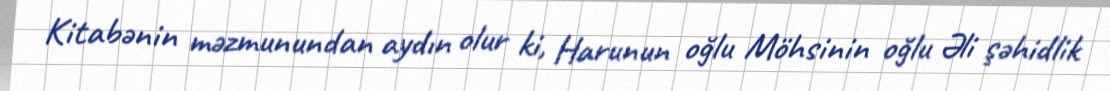
Kitabənin məzmunundan aydın olur ki, Harunun oğlu Möhsinin oğlu Əli şəhidlik